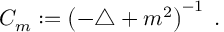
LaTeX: C _ { m } : = \left( - \triangle + m ^ { 2 } \right) ^ { - 1 } \; .